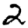
Digit: 2